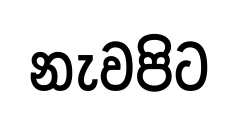
නැවපිට